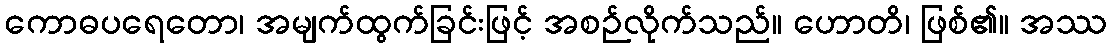
ကောဓပရေတော၊ အမျက်ထွက်ခြင်းဖြင့် အစဉ်လိုက်သည်။ ဟောတိ၊ ဖြစ်၏။ အဿ